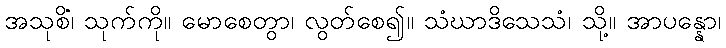
အသုစိံ၊ သုက်ကို။ မောစေတွာ၊ လွတ်စေ၍။ သံဃာဒိသေသံ၊ သို့။ အာပန္နော၊